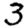
Digit: 3